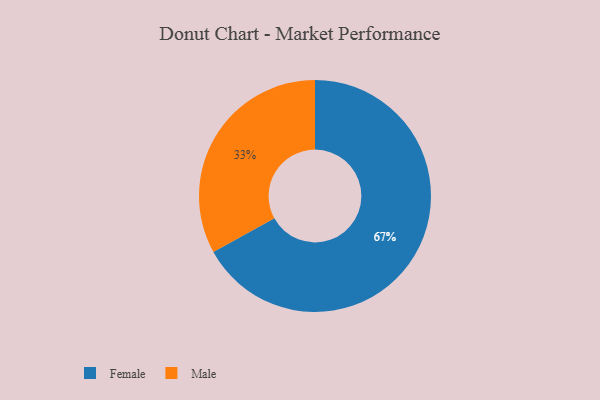
{"axis": {"x": "Category", "y": "Percentage"}, "legend": ["Female", "Male"], "data": [{"x": "Female", "y": 67, "type": "Female"}, {"x": "Male", "y": 33, "type": "Male"}]}